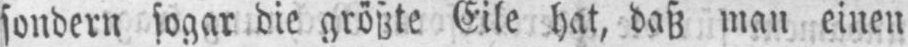
sondern sogar die größte Eile hat, daß man einen